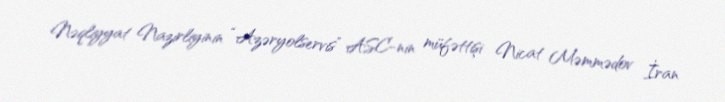
Nəqliyyat Nazirliyinin “Azəryolservis” ASC-nin müfəttişi Nicat Məmmədov İran